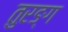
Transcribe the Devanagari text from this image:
तुरङ्ग